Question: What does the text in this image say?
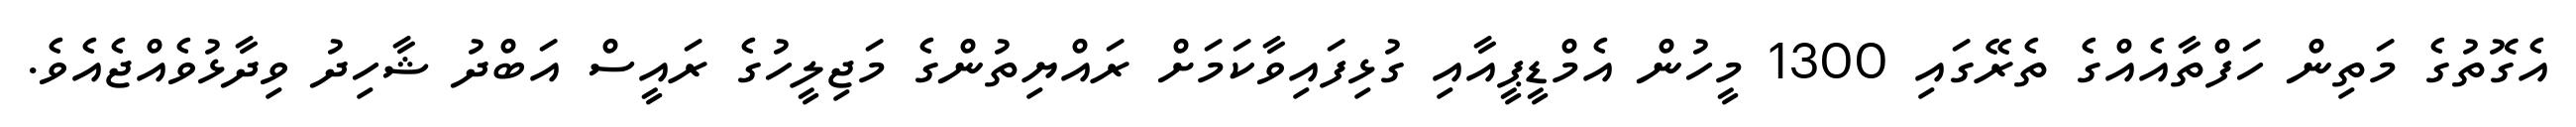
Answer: އެގޮތުގެ މަތިން ހަފްތާއެއްގެ ތެރޭގައި 1300 މީހުން އެމްޑީޕީއާއި ގުޅިފައިވާކަމަށް ރައްޔިތުންގެ މަޖިލީހުގެ ރައީސް އަބްދު ޝާހިދު ވިދާޅުވެއްޖެއެވެ.